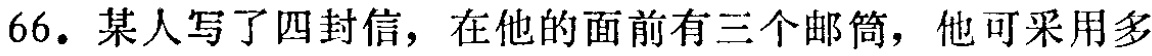
66. 某人写了四封信，在他的面前有三个邮筒，他可采用多